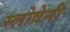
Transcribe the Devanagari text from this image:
स्लोवेनी